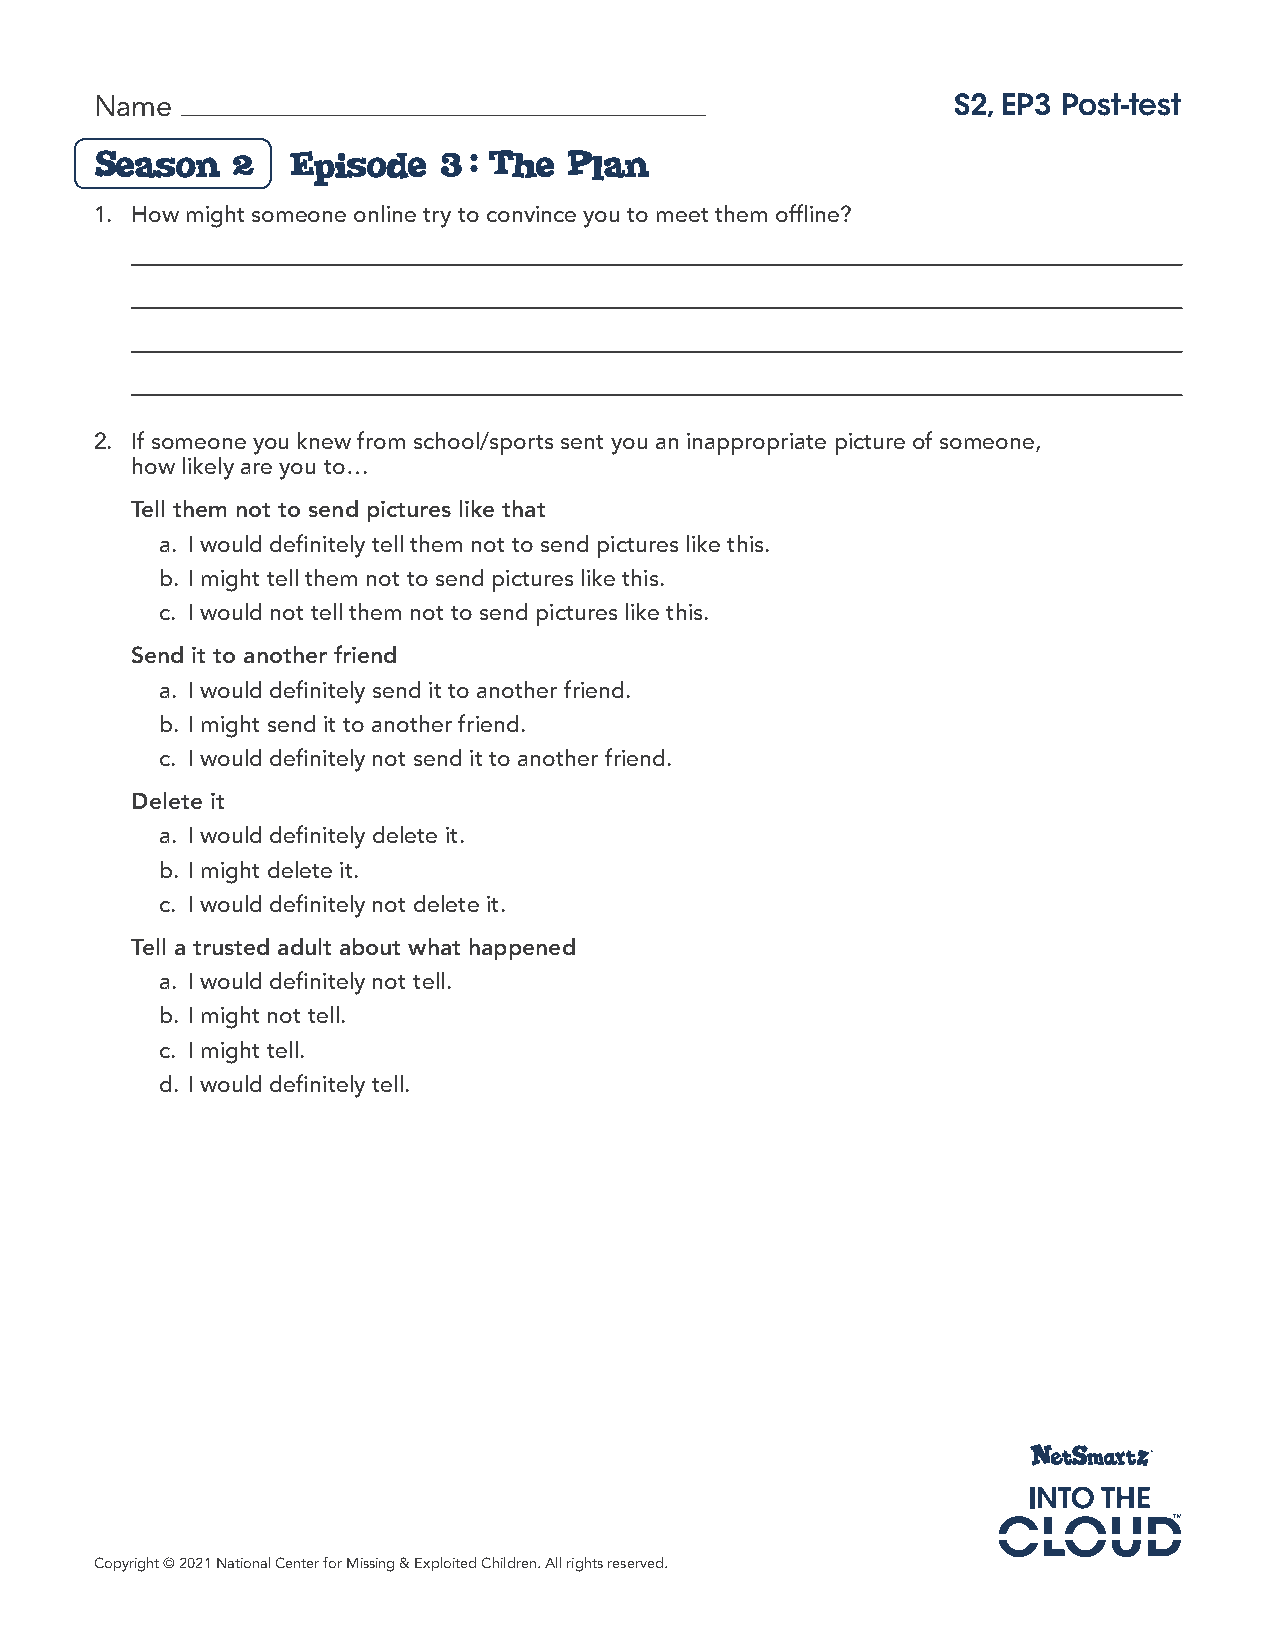
Name                                                     S2, EP3 Post-test
 Season   2   Episode   3: The  Plan
 1. How might someone online try to convince you to meet them offline?
 2. If someone you knew from school/sports sent you an inappropriate picture of someone,
 how likely are you to…
 Tell them not to send pictures like that
 a. I would definitely tell them not to send pictures like this.
 b. I might tell them not to send pictures like this.
 c. I would not tell them not to send pictures like this.
 Send it to another friend
 a. I would definitely send it to another friend.
 b. I might send it to another friend.
 c. I would definitely not send it to another friend.
 Delete it
 a. I would definitely delete it.
 b. I might delete it.
 c. I would definitely not delete it.
 Tell a trusted adult about what happened
 a. I would definitely not tell.
 b. I might not tell.
 c. I might tell.
 d. I would definitely tell.
 Copyright © 2021 National Center for Missing & Exploited Children. All rights reserved.